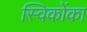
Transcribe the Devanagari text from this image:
स्विकोंका